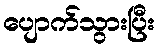
ပျောက်သွားပြီး